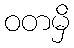
ဝတမှိ